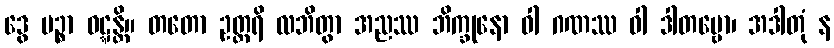
ဒွေ မဉ္စာ ဝဋ္ဋန္တိ။ တတော ဥတ္တရိ လဘိတွာ အညဿ ဘိက္ခုနော ဝါ ဂဏဿ ဝါ ဒါတဗ္ဗော၊ အဒါတုံ န